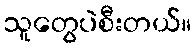
သူတွေပဲစီးတယ်။